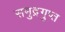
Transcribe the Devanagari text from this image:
समुद्रगुप्‍त